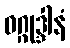
ဝဂ္ဂုဒ္ဒါနံ